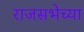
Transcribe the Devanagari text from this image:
राजसभेच्या